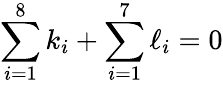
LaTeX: \sum_{i=1}^{8}k_{i}+\sum_{i=1}^{7}\ell_{i}=0